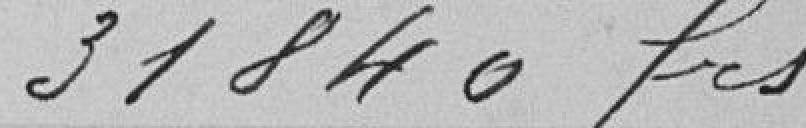
31840 frs